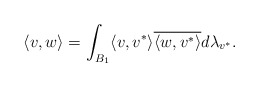
\begin{align*}\langle v,w\rangle = \int_{B_1} \langle v,v^* \rangle \overline{\langle w, v^* \rangle } d\lambda_{v^*}. \end{align*}